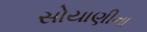
સોયાણીના